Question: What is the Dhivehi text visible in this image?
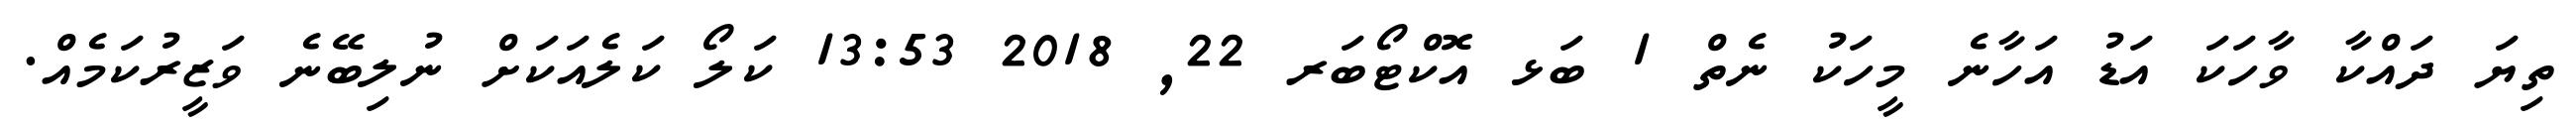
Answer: ތިޔަ ދައްކާ ވާހަކަ އަޑު އަހާނެ މީހަކު ނެތް 1 ބަޅ އޮކްޓޯބަރ 22, 2018 13:53 ކަލޯ ކަލެއަކަށް ނުލިބޭނެ ވަޒީރުކަމެއް.